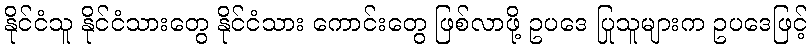
နိုင်ငံသူ နိုင်ငံသားတွေ နိုင်ငံသား ကောင်းတွေ ဖြစ်လာဖို့ ဥပဒေ ပြုသူများက ဥပဒေဖြင့်